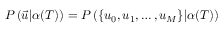
\begin{array} { r } { P \left( \vec { u } | \alpha ( T ) \right) = P \left( \{ u _ { 0 } , u _ { 1 } , \ldots , u _ { M } \} | \alpha ( T ) \right) } \end{array}